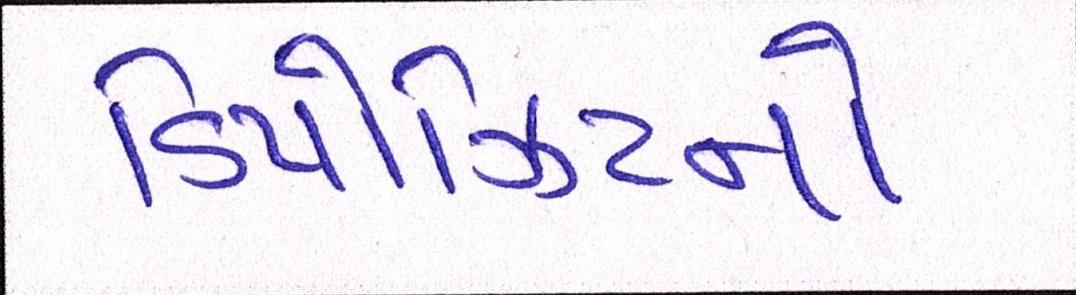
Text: ડિપોઝિટનો